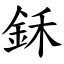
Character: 鉌